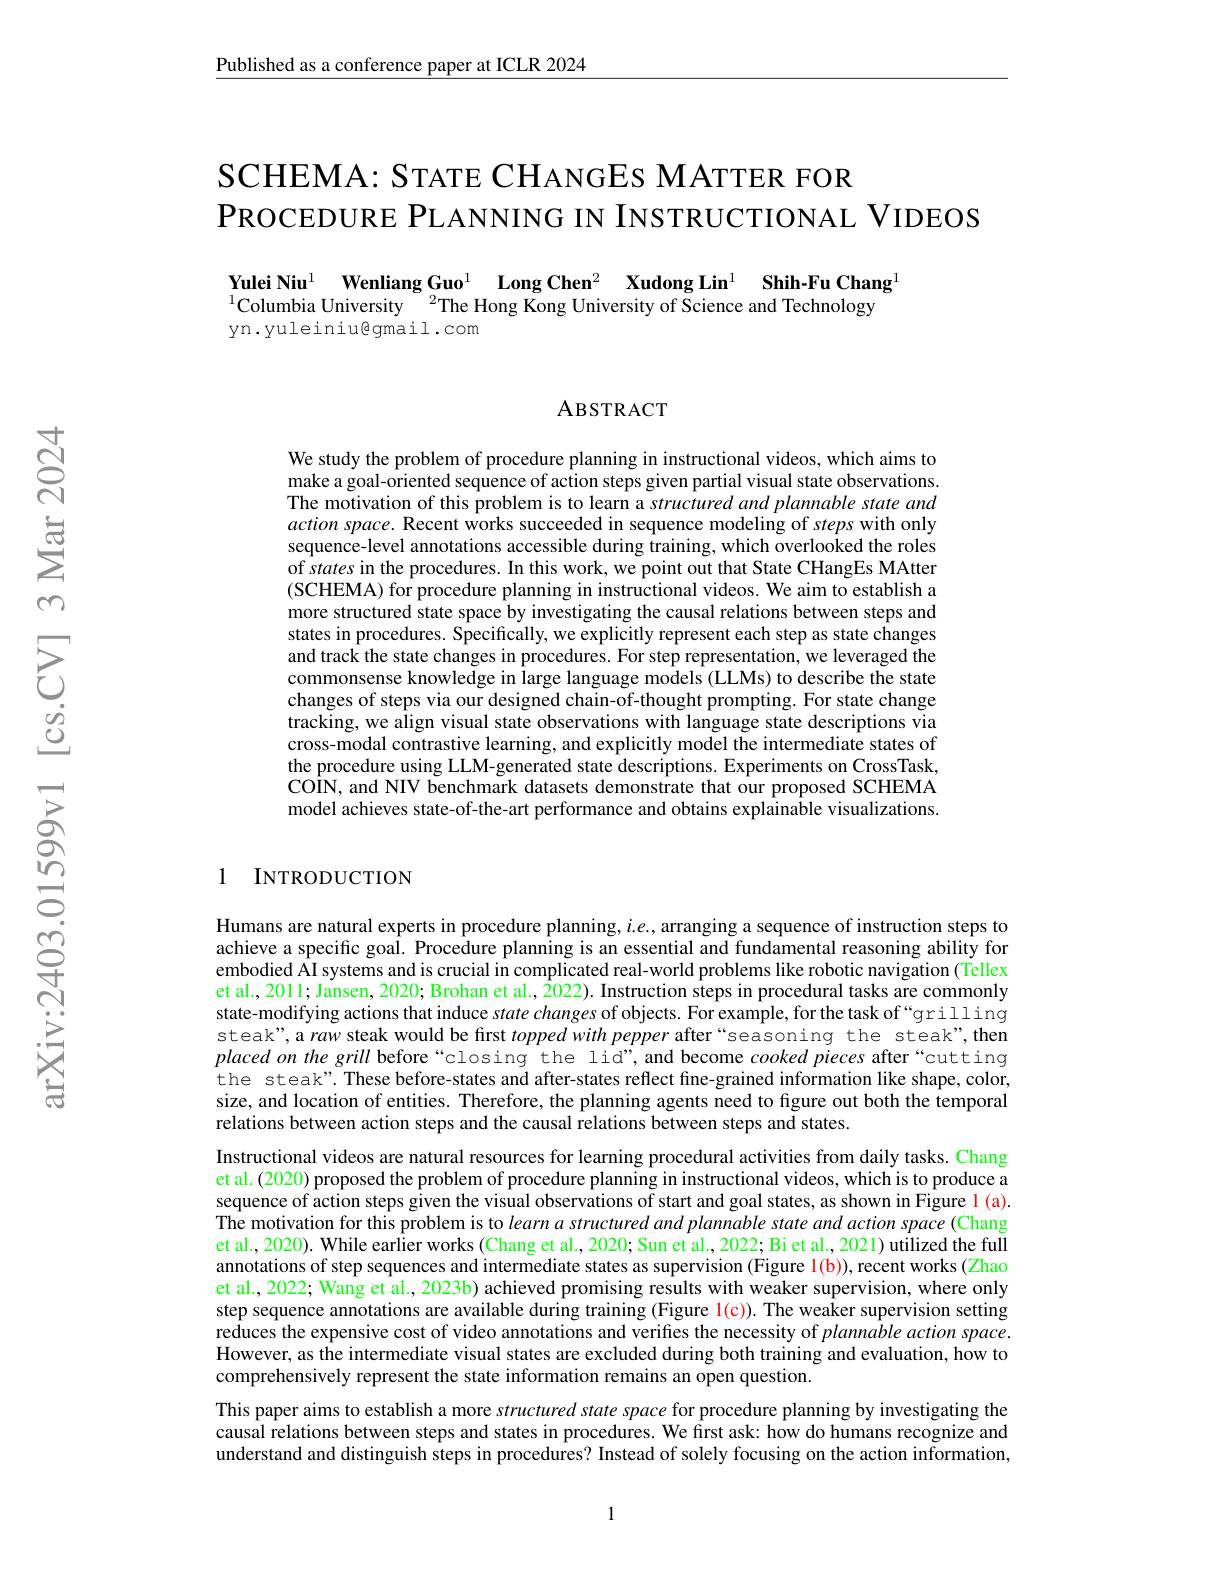
$\underline{\text{Published as a conference paper at ICLR 2024}}$

## SCHEMA: STATE CHANGEs MATTER FOR $\mathsf{PROCEDURE~PLANNING~IN~INSTRUCTIONAL~VIDEOS}$

Yulei Niu$^{1}$ Wenliang Guo$^{1}$ Long Chen$^2$ Xudong Lin$^{1}$ Shih-Fu Chang$^{1}$
$^{1}$Columbia University$^{2}$The Hong Kong University of Science and Technology
yn.yuleiniu@gmail.com

ABSTRACT

We study the problem of procedure planning in instructional videos, which aims to make a goal-oriented sequence of action steps given partial visual state observations. The motivation of this problem is to learn a structured and plannable state and action space. Recent works succeeded in sequence modeling of steps with only sequence-level annotations accessible during training, which overlooked the roles of states in the procedures. In this work, we point out that State CHangEs MAtter (SCHEMA) for procedure planning in instructional videos. We aim to establish a more structured state space by investigating the causal relations between steps and states in procedures. Specifically, we explicitly represent each step as state changes and track the state changes in procedures. For step representation, we leveraged the commonsense knowledge in large language models (LLMs) to describe the state changes of steps via our designed chain-of-thought prompting. For state change tracking, we align visual state observations with language state descriptions via cross-modal contrastive learning, and explicitly model the intermediate states of the procedure using LLM-generated state descriptions. Experiments on CrossTask, COIN, and NIV benchmark datasets demonstrate that our proposed SCHEMA model achieves state-of-the-art performance and obtains explainable visualizations.

1 INTRODUCTION

Humans are natural experts in procedure planning, $i.e.$, arranging a sequence of instruction steps to achieve a specific goal. Procedure planning is an essential and fundamental reasoning ability for embodied AI systems and is crucial in complicated real-world problems like robotic navigation (Tellex et al., 2011; Jansen, 2020; Brohan et al., Z022). Instruction steps in procedural tasks are commonly state-modifying actions that induce state changes of objects. For example, for the task of“grilling steak", a raw steak would be first $toppedwith\textit{pepperafter“ seasoning the steak" , then}$ placed on the grill before “closing the lid", and become cooked pieces after“cutting the steak". These before-states and after-states reflect fine-grained information like shape, color, size, and location of entities. Therefore, the planning agents need to figure out both the temporal relations between action steps and the causal relations between steps and states.
Instructional videos are natural resources for learning procedural activities from daily tasks. Chang et al. (2020) proposed the problem of procedure planning in instructional videos, which is to produce a sequence of action steps given the visual observations of start and goal states, as shown in Figure 1 (a). The motivation for this problem is to learna structured and plannable state and action space (Chang et al., 2020). While earlier works (Chang et al., 2020; Sun et al., 2022; Bi et al., 2021) utilized the full annotations of step sequences and intermediate states as supervision (Figure l(b)), recent works (Zhao et al., 2022; Wang et al., 2023b) achieved promising results with weaker supervision, where only step sequence annotations are available during training (Figure l(c)). The weaker supervision setting reduces the expensive cost of video annotations and verifies the necessity of plannable action space. However, as the intermediate visual states are excluded during both training and evaluation, how to comprehensively represent the state information remains an open question.
This paper aims to establish a more structured state space for procedure planning by investigating the causal relations between steps and states in procedures. We first ask: how do humans recognize and understand and distinguish steps in procedures? Instead of solely focusing on the action information,

1